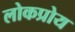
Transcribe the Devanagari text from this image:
लोकप्रोय